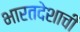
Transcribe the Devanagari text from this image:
भारतदेशाची